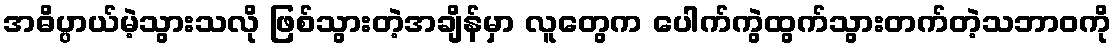
အဓိပ္ပာယ်မဲ့သွားသလို ဖြစ်သွားတဲ့အချိန်မှာ လူတွေက ပေါက်ကွဲထွက်သွားတက်တဲ့သဘာ၀ကို